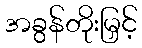
အခွန်တိုးမြှင့်